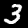
Digit: 3